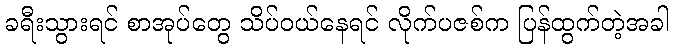
ခရီးသွားရင် စာအုပ်တွေ သိပ်ဝယ်နေရင် လိုက်ပဇစ်က ပြန်ထွက်တဲ့အခါ